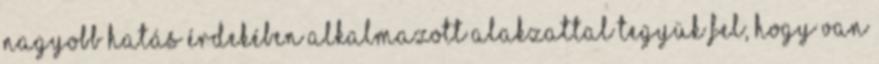
nagyobb hatás érdekében alkalmazott alakzattal Tegyük fel, hogy van